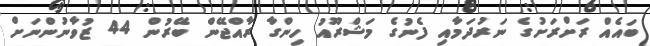
ބައެއް ރަށްރަށުގެ ނަރުދަމާއި ފެނުގެ މަޝްރޫއު ހިންގާ ރާއްޖޭން ބޭރުން 44 ޒުވާނުންނަށް